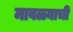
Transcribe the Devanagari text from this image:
मावळ्याची